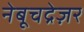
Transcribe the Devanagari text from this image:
नेबूचद्रेज़र